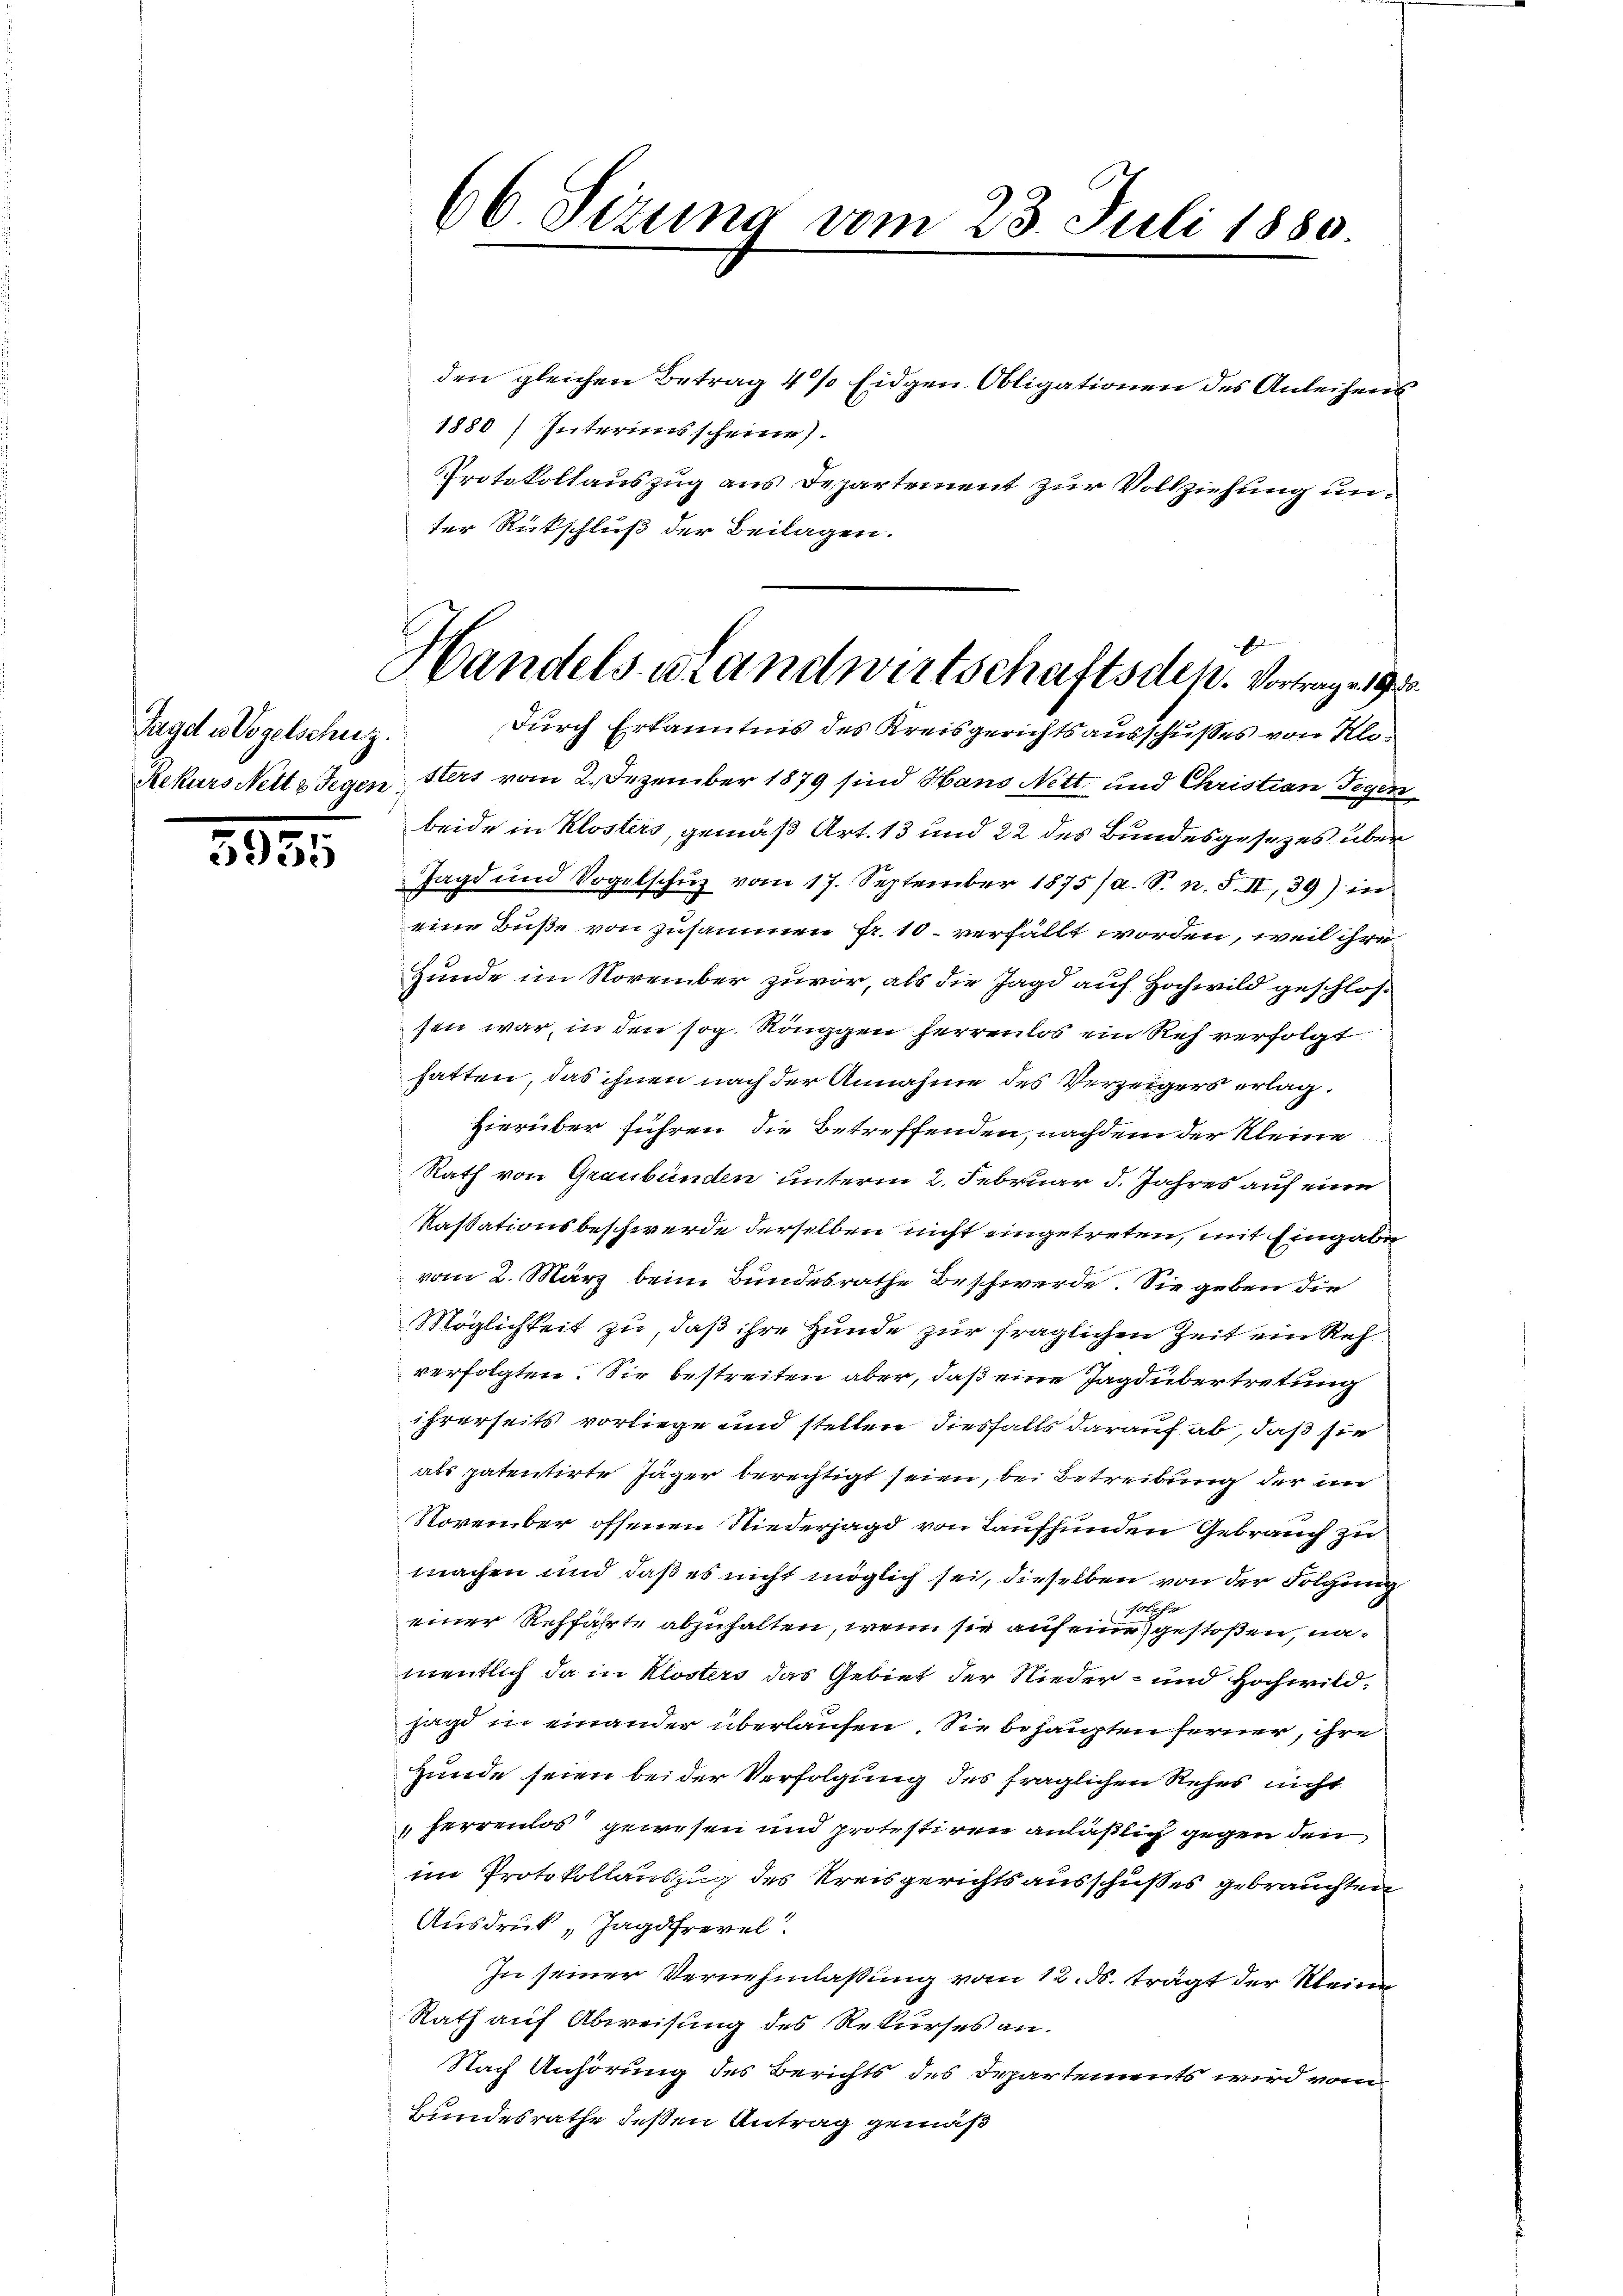
Tage es Vogelschuz.

3835

den gleichen Betrag 4 % Eidgen. Obligationen des Anleihens
1880) Interimsscheine
Protokollauszug aus Departement zur Vollziehung unter Rückschluß der Beilagen.
Rekurs Nettz Gegen Sters vom 2. Dezember 1879 sind Hans Nett und Christian Gegen
beide in Klosters, gemäß Art. 13 und 22 des Bundesgesezes über
Jagd und Vogelschŭz vom 17. September 1875/a. S. n. F. II, 39) in
eine Buße von zusammen Fr. 10. verfällt worden, weil ihre
Hunde im November zuvor, als die Jagd auf Hochwild geschlossen war, in den sog. Rönggen herrenlos ein Reh verfolgt.
hatten, das ihnen nach der Annahme des Verzeigers erlaghierüber führen, die betreffenden, nachdem der Kleine
Rath von Graubünden unterm 2. Februar d. Jahres auf eine
Kassationsbeschwerde derselben nicht eingetreten, mit Eingabe
vom 2. März beim Bundesrathe Beschwerde. Sie geben die
Möglichkeit zu, daß ihre Hunde zur fraglichen Zeit ein Reh
verfolgten. Sie bestreiten aber, daß eine Jagd übertretung
ihrerseits vorliege und stellen diesfalls darauf ab, daß sie
als patentirte Jäger berechtigt seien, bei Betreibung der un
November offenen Niederjagd von Laufhunden Gebrauch zu
machen und daß es nicht möglich sei, dieselben von der Folgung
einer Rehfährte abzuhalten, wenn sie auf eine gestoßen, namentlich da in Klosters das Gebiet der Nieder- und Hochwild¬
Jagd in einander überlaufen. Sie behaupten ferner, ihre
Hunde seien bei der Verfolgung des fraglichen Rehes nicht
ferrenlos gewesen und protestiren anläßlich gegen den
im Protokollauszug des Kreisgerichtsausschußes gebrauchten
Ausdruck „Jagdfrevel!
In seiner Vernehmlassung vom 12. d. trägt der Kleine
Rath auf Abweisung des Rekurses an.
Nach Anhörung des Berichts des Departements wird vom
Bundesrathe deßen Antrag gemäß

66 Sizung vom 23. Juli 1880.

E
Handelsstandwirtschaftsden. Vortrage 1910.
Durch Erkanntnis des Kreisgerichtsausschußes von Klo¬